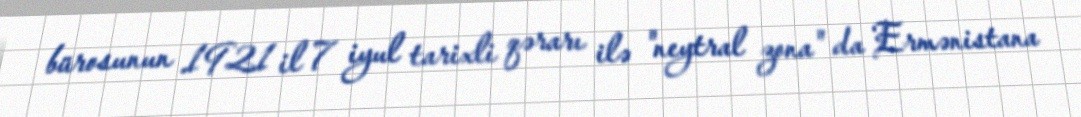
bürosunun 1921 il 7 iyul tarixli qərarı ilə "neytral zona" da Ermənistana